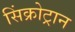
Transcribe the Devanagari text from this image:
सिंक्रोट्रान